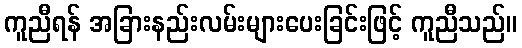
ကူညီရန် အခြားနည်းလမ်းများပေးခြင်းဖြင့် ကူညီသည်။